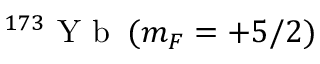
^ { 1 7 3 } \mathrm { ~ Y ~ b ~ } \: ( m _ { F } = + 5 / 2 )